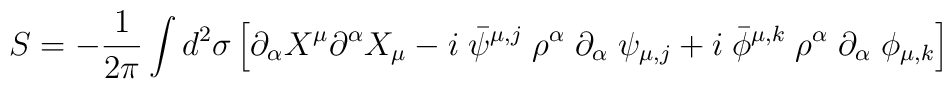
S= -\frac{1}{2\pi}\int d^2\sigma\left [ \partial_{\alpha}X^{\mu}\partial^{\alpha}X_{\mu}-i\; \bar{\psi}^{\mu,j}\;\rho^{\alpha}\;\partial_{\alpha}\;  \psi_{\mu,j}+ i\; \bar{\phi}^{\mu,k}\;\rho^{\alpha}\;\partial_{\alpha}\;  \phi_{\mu,k}\right ]